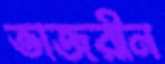
তাজরীন